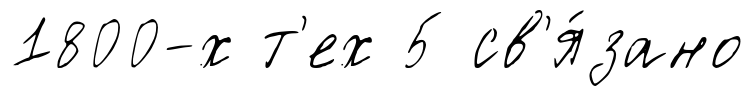
1800-х т'ех 5 св'я́зано